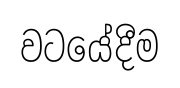
වටයේදීම